Indian journal of veterinary science and animal husbandry - Volume 11,
Year: 1941
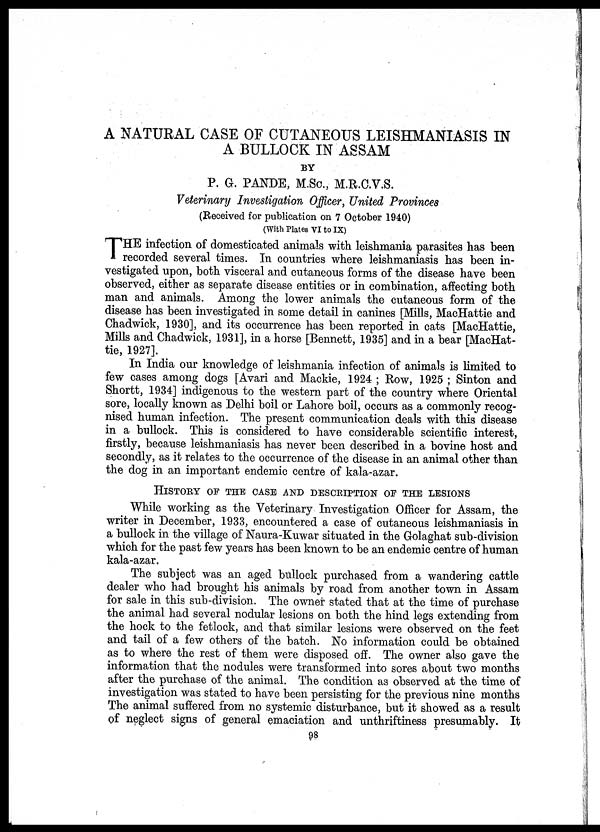
A NATURAL CASE OF CUTANEOUS LEISHMANIASIS IN
A BULLOCK IN ASSAM
BY
P. G. PANDE, M.Sc., M.R.C.V.S.
Veterinary Investigation Officer, United Provinces
(Received for publication on 7 October 1940)
(With Plates VI to IX)
T HE infection of domesticated animals with leishmania parasites has been
recorded several times. In countries where leishmaniasis has been in-
vestigated upon, both visceral and cutaneous forms of the disease have been
observed, either as separate disease entities or in combination, affecting both
man and animals. Among the lower animals the cutaneous form of the
disease has been investigated in some detail in canines [Mills, MacHattie and
Chadwick, 1930], and its occurrence has been reported in cats [MacHattie,
Mills and Chadwick, 1931], in a horse [Bennett, 1935] and in a bear [MacHat-
tie, 1927].
In India our knowledge of leishmania infection of animals is limited to
few cases among dogs [Avari and Mackie, 1924 ; Row, 1925 ; Sinton and
Shortt, 1934] indigenous to the western part of the country where Oriental
sore, locally known as Delhi boil or Lahore boil, occurs as a commonly recog-
nised human infection. The present communication deals with this disease
in a bullock. This is considered to have considerable scientific interest,
firstly, because leishmaniasis has never been described in a bovine host and
secondly, as it relates to the occurrence of the disease in an animal other than
the dog in an important endemic centre of kala-azar.
HISTORY OF THE CASE AND DESCRIPTION OF THE LESIONS
While working as the Veterinary Investigation. Officer for Assam, the
writer in December, 1933, encountered a case of cutaneous leishmaniasis in
a bullock in the village of Naura-Kuwar situated in the Golaghat sub-division
which for the past few years has been known to be an endemic centre of human
kala-azar.
The subject was an aged bullock purchased from a wandering cattle
dealer who had brought his animals by road from another town in Assam
for sale in this sub-division. The owner stated that at the time of purchase
the animal had several nodular lesions on both the hind legs extending from
the hock to the fetlock, and that similar lesions were observed on the feet
and tail of a few others of the batch. No information could be obtained
as to where the rest of them were disposed off. The owner also gave the
information that the nodules were transformed into sores about two months
after the purchase of the animal. The condition as observed at the time of
investigation was stated to have been persisting for the previous nine months
The animal suffered from no systemic disturbance, but it showed as a result
of neglect signs of general emaciation and unthriftiness presumably. It
98